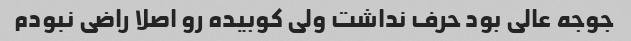
جوجه عالی بود حرف نداشت ولی کوبیده رو اصلا راضی نبودم